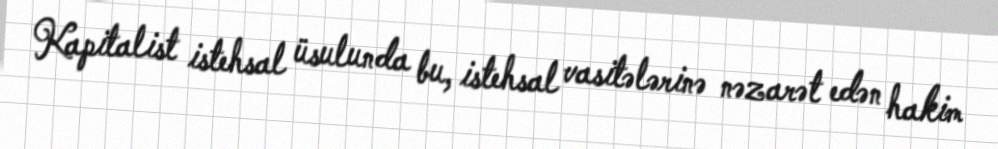
Kapitalist istehsal üsulunda bu, istehsal vasitələrinə nəzarət edən hakim